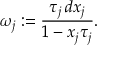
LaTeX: \omega _ { j } : = \frac { \tau _ { j } \, d x _ { j } } { 1 - x _ { j } \tau _ { j } } .